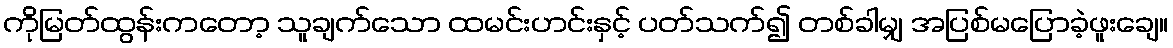
ကိုမြတ်ထွန်းကတော့ သူချက်သော ထမင်းဟင်းနှင့် ပတ်သက်၍ တစ်ခါမျှ အပြစ်မပြောခဲ့ဖူးချေ။